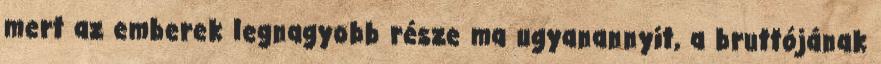
mert az emberek legnagyobb része ma ugyanannyit, a bruttójának